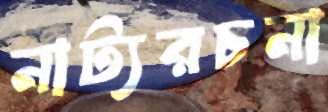
নাট্যরচনা